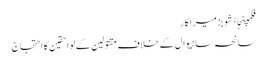
فلمپنجابشوبزمیراکار
سانحہ ساہیوال کے خلاف مقتولین کے لواحقین کا احتجاج